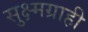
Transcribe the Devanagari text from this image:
सुक्ष्मग्राही